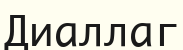
Диаллаг